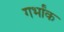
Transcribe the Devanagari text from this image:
गर्भांक